Leaving Certificate Examination (including Day School Certificate (Higher) General paper), 1926
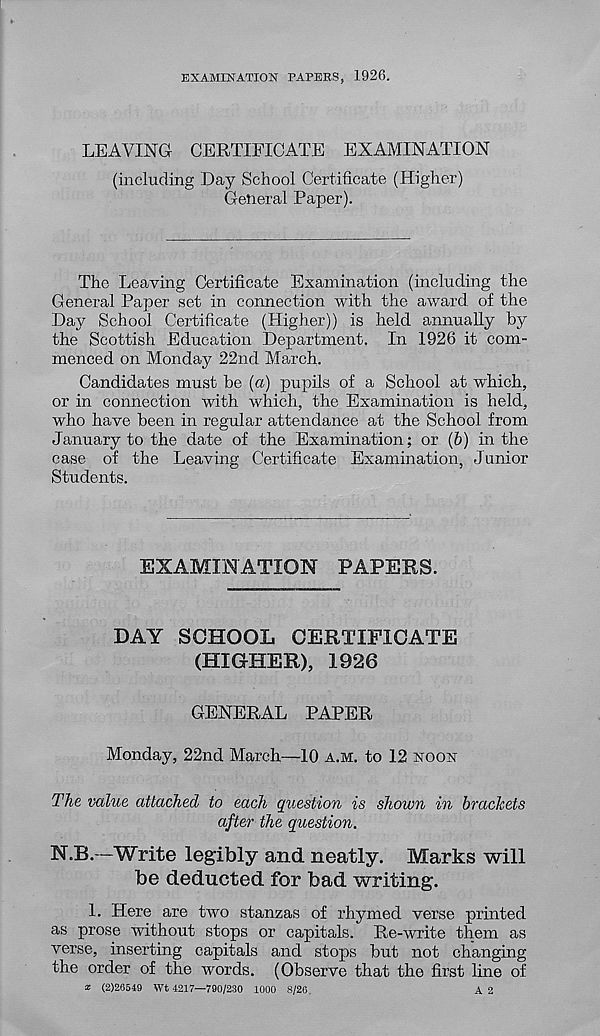
EXAMINATION PAPERS, 1926.
LEAVING CERTIFICATE EXAMINATION
(including Day School Certificate (Higher)
General Paper).
The Leaving Certificate Examination (including the
General Paper set in connection with the award of the
Day School Certificate (Higher)) is held annually by
the Scottish Education Department. In 1926 it com-
menced on Monday 22nd March.
Candidates must be (a) pupils of a School at which,
or in connection with which, the Examination is held,
who have been in regular attendance at the School from
January to the date of the Examination; or (b) in the
case of the Leaving Certificate Examination, Junior
Students.
EXAMINATION PAPERS.
DAY SCHOOL CERTIFICATE
(HIGHER), 1926
GENERAL PAPER
Monday, 22nd March—10 A.M. to 12 NOON
The value attached to each question is shown in brackets
after the question.
N.B.—Write legibly and neatly. Marks will
be deducted for bad writing.
1. Here are two stanzas of rhymed verse printed
as prose without stops or capitals. Re-write them as
verse, inserting capitals and stops but not changing
the order of the words. (Observe that the first line of
x (2)26549 Wt 4217—790/230 1000 8/26.
A 2